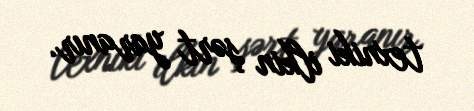
texniki ilkin şərt yaranır.